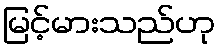
မြင့်မားသည်ဟု